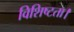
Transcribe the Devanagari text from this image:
विशिष्टता।